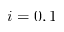
i = 0 , 1